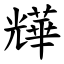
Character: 㒯